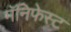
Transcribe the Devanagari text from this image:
मॅनिफेस्ट